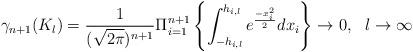
LaTeX: \begin{align*}\gamma_{n+1}(K_l)=\frac{1}{(\sqrt{2\pi})^{n+1}}\Pi_{i=1}^{n+1}\left\{\int_{-h_{i, l}}^{h_{i, l}}e^{\frac{-x_i^2}{2}}dx_i\right\}\rightarrow 0, \, \, \, \, l\rightarrow \infty\end{align*}